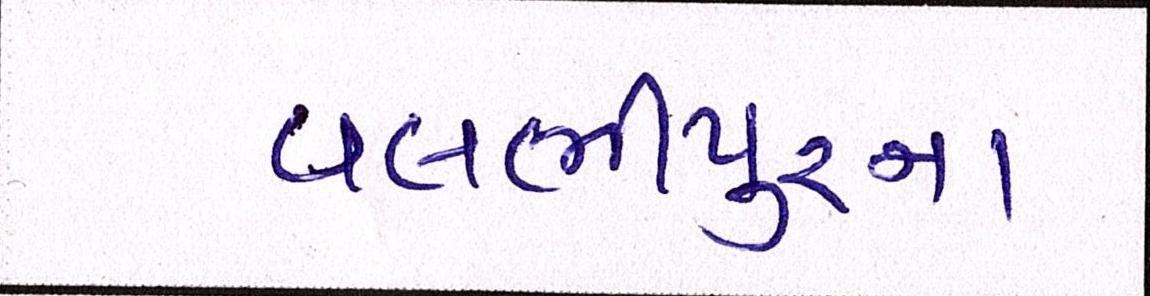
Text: વલભીપુરના